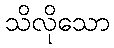
သိလိုသော